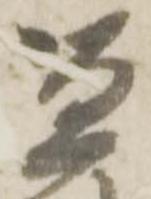
監